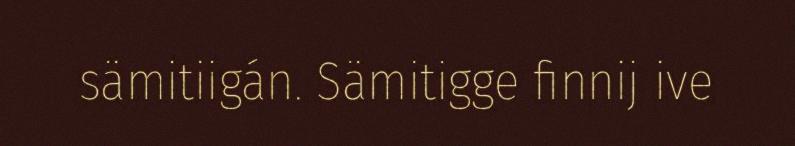
sämitiigán. Sämitigge finnij ive